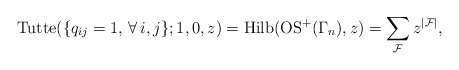
\begin{gather*}{\rm Tutte}(\{q_{ij}=1,\, \forall \, i,j \};1,0,z)= {\rm Hilb}({\rm OS}^{+}(\Gamma_{n}),z)=\sum_{{\cal{F}}} z^{|{\cal{F}} |},\end{gather*}